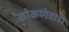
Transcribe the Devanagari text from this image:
कोकणेवाडी